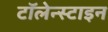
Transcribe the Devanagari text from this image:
टॉलेन्स्टाइन